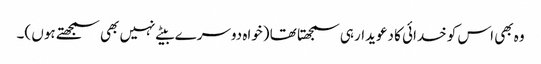
وہ بھی اس کو خدائی کا دعویدار ہی سمجھتا تھا (خواہ دوسرے بیٹے نہیں بھی سمجھتے ہوں )۔